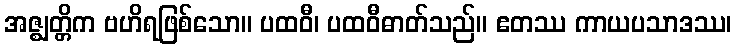
အဇ္ဈတ္တိက ဗဟိရဖြစ်သော။ ပထဝီ၊ ပထဝီဓာတ်သည်။ ဧတဿ ကာယပသာဒဿ၊